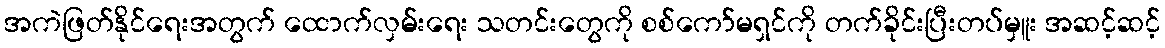
အကဲဖြတ်နိုင်ရေးအတွက် ထောက်လှမ်းရေး သတင်းတွေကို စစ်ကော်မရှင်ကို တက်ခိုင်းပြီးတပ်မှူး အဆင့်ဆင့်